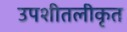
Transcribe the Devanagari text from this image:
उपशीतलीकृत